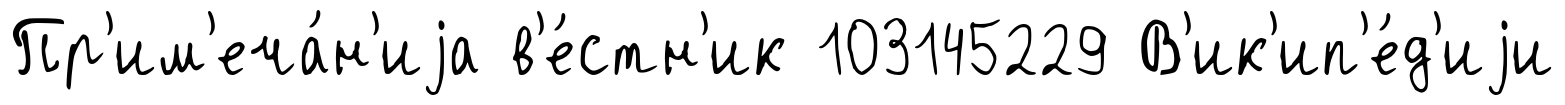
Пр'им'еча́н'иjа в'е́стн'ик 103145229 В'ик'ип'е́д'иjи